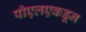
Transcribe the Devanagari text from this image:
पीएलएकडून